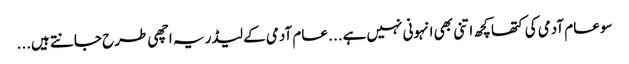
سو عام آدمی کی کتھا کچھ اتنی بھی انہونی نہیں ہے... عام آدمی کے لیڈر یہ اچھی طرح جانتے ہیں...